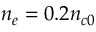
n _ { e } = 0 . 2 n _ { c 0 }